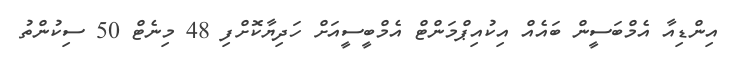
އިންޑިއާ އެމްބަސީން ބައެއް އިކުއިޕްމަންޓް އެމްބީސީއަށް ހަދިޔާކޮށްފި 48 މިނެޓް 50 ސިކުންތު